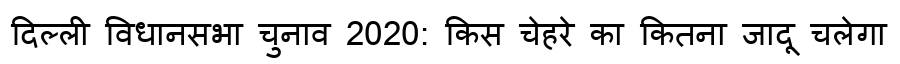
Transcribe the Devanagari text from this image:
दिल्ली विधानसभा चुनाव 2020: किस चेहरे का कितना जादू चलेगा